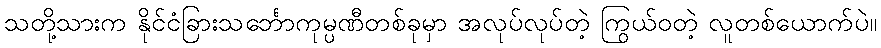
သတို့သားက နိုင်ငံခြားသင်္ဘောကုမ္ပဏီတစ်ခုမှာ အလုပ်လုပ်တဲ့ ကြွယ်ဝတဲ့ လူတစ်ယောက်ပဲ။